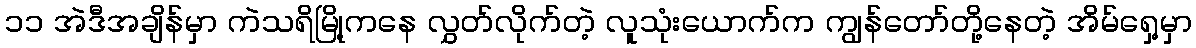
၁၁ အဲဒီအချိန်မှာ ကဲသရိမြို့ကနေ လွှတ်လိုက်တဲ့ လူသုံးယောက်က ကျွန်တော်တို့နေတဲ့ အိမ်ရှေ့မှာ